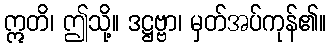
ဣတိ၊ ဤသို့။ ဒဋ္ဌဗ္ဗာ၊ မှတ်အပ်ကုန်၏။